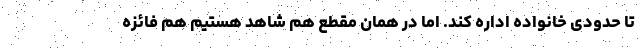
تا حدودی خانواده اداره کند. اما در همان مقطع هم شاهد هستیم هم فائزه